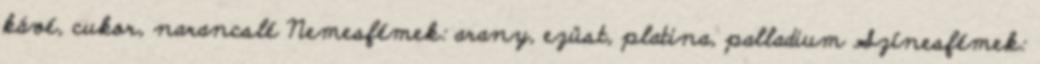
kávé, cukor, narancslé Nemesfémek: arany, ezüst, platina, palladium Színesfémek: